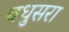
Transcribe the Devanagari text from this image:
बधुसरा